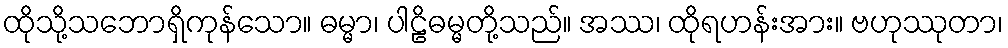
ထိုသို့သဘောရှိကုန်သော။ ဓမ္မာ၊ ပါဠိဓမ္မတို့သည်။ အဿ၊ ထိုရဟန်းအား။ ဗဟုဿုတာ၊